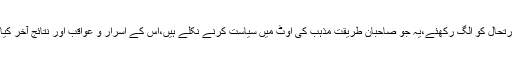
سیاسی صورتحال کو الگ رکھئے،یہ جو صاحبانِ طریقت مذہب کی اوٹ میں سیاست کرنے نکلے ہیں،اس کے اسرار و عواقب اور نتائج آخر کیا نکلیں گے؟